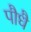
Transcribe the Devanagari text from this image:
पौधै